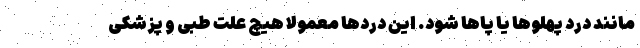
مانند درد پهلوها یا پاها شود. این دردها معمولا هیچ علت طبی و پزشکی